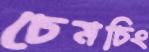
চেমচিং